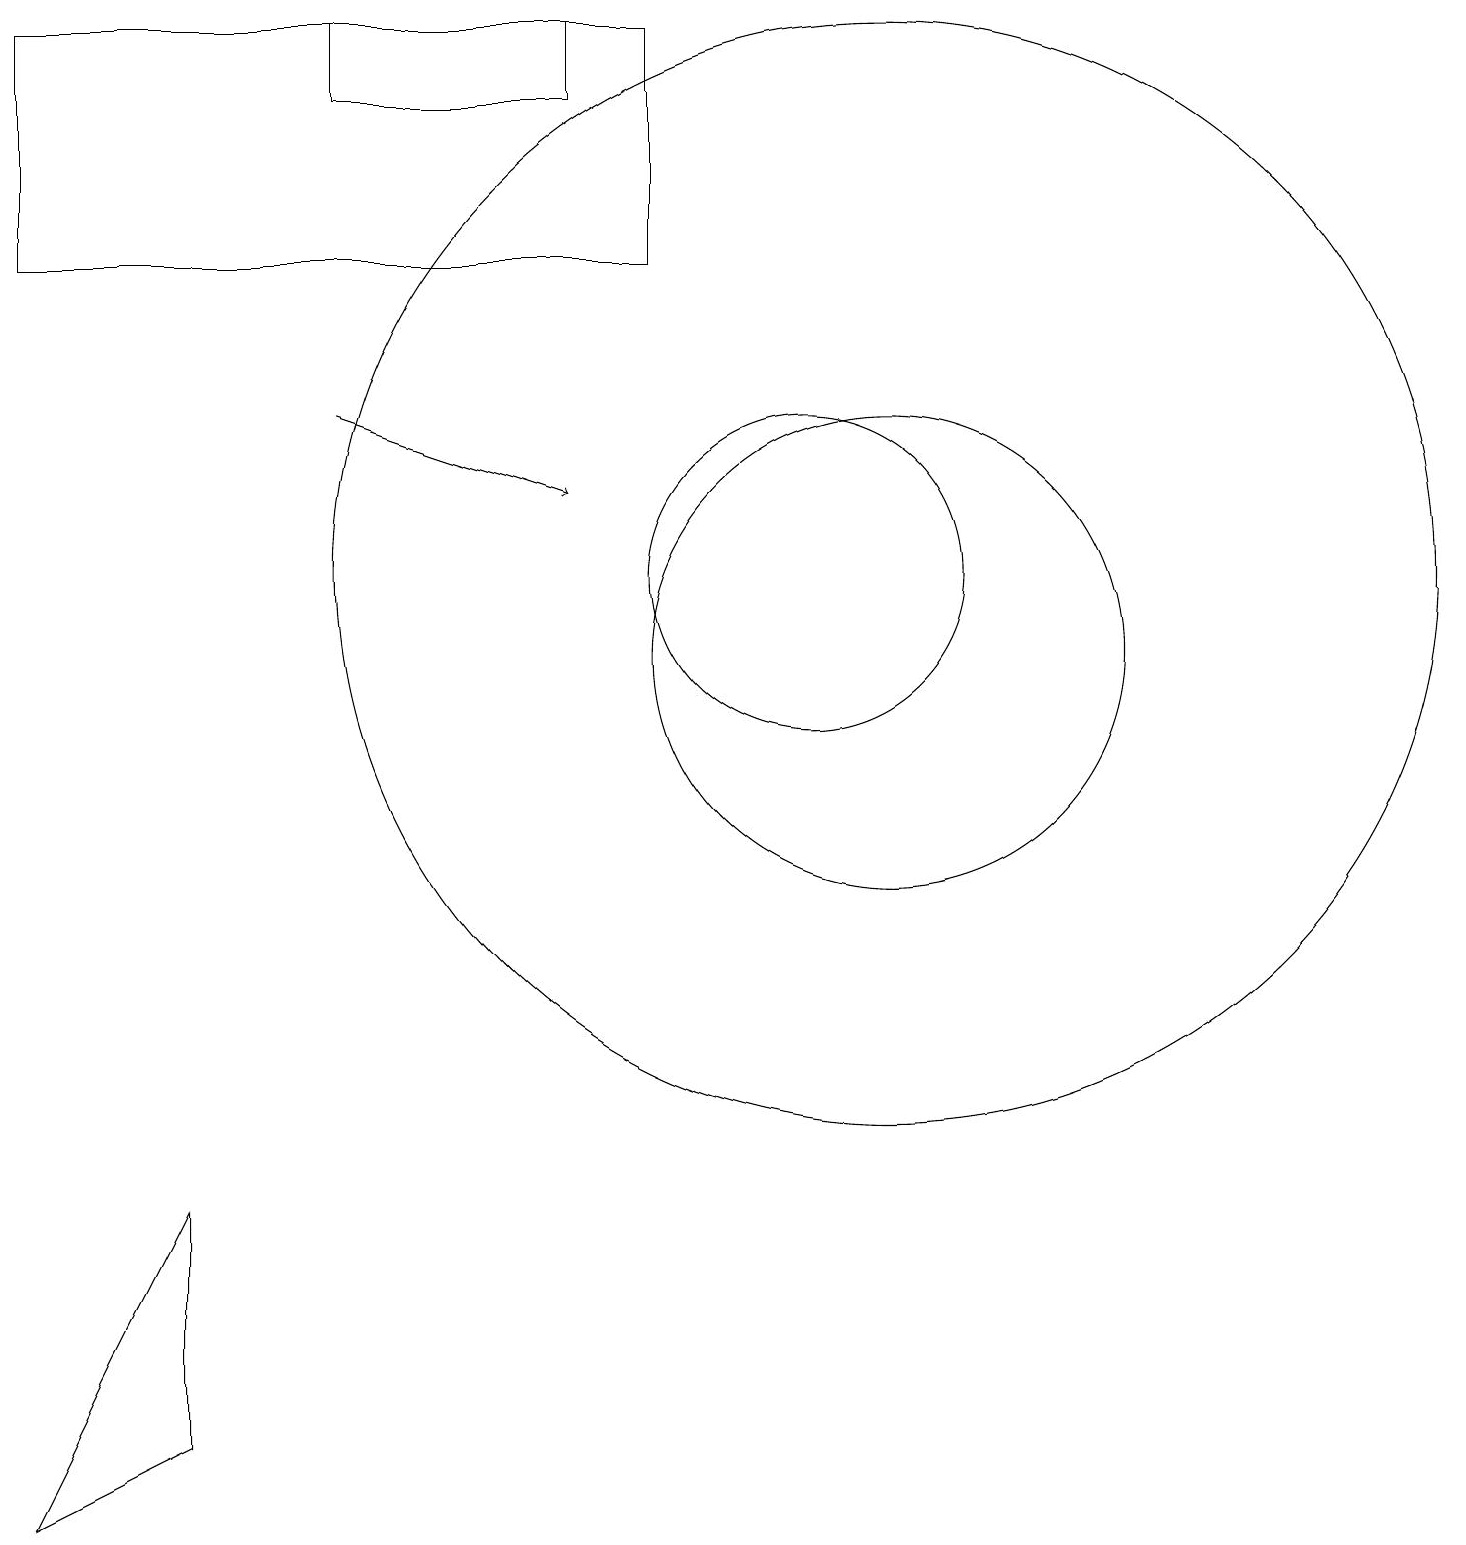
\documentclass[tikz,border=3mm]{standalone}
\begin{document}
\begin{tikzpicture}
\draw (1,19) rectangle (9,16);
\draw (12,11) circle (3);
\draw (3,1) -- (3,4) -- (1,0) -- cycle;
\draw[->] (5,14) -- (8,13);
\draw (11,12) circle (2);
\draw (8,18) rectangle (5,19);
\draw (12,12) circle (7);
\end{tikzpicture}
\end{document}